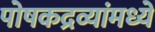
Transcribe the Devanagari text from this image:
पोषकद्रव्यांमध्ये